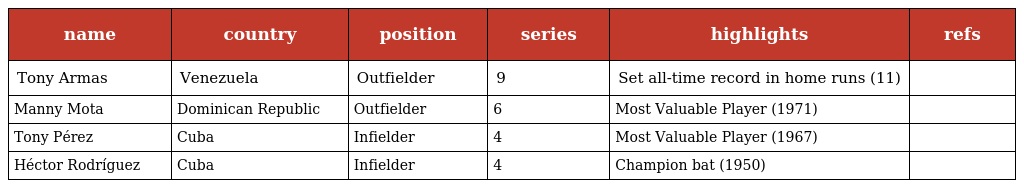
| name | country | position | series | highlights | refs |
 | --- | --- | --- | --- | --- | --- |
 | Tony Armas | Venezuela | Outfielder | 9 | Set all-time record in home runs (11) |  |
 | Manny Mota | Dominican Republic | Outfielder | 6 | Most Valuable Player (1971) |  |
 | Tony Pérez | Cuba | Infielder | 4 | Most Valuable Player (1967) |  |
 | Héctor Rodríguez | Cuba | Infielder | 4 | Champion bat (1950) |  |